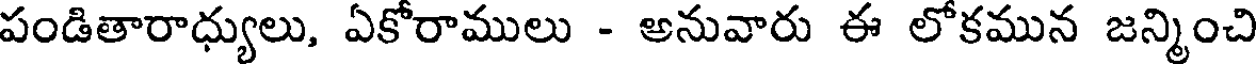
పండితారాధ్యులు, ఏకోరాములు - అనువారు ఈ లోకమున జన్మించి